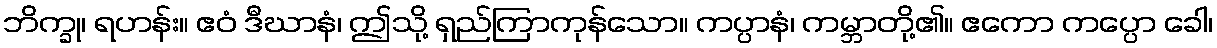
ဘိက္ခု၊ ရဟန်း။ ဧဝံ ဒီဃာနံ၊ ဤသို့ ရှည်ကြာကုန်သော။ ကပ္ပာနံ၊ ကမ္ဘာတို့၏။ ဧကော ကပ္ပော ခေါ၊